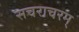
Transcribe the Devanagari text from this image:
सचराचरम्